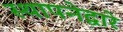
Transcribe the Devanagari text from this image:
स्थापनेद्वारे